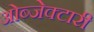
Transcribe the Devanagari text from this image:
ओब्जेक्टारी